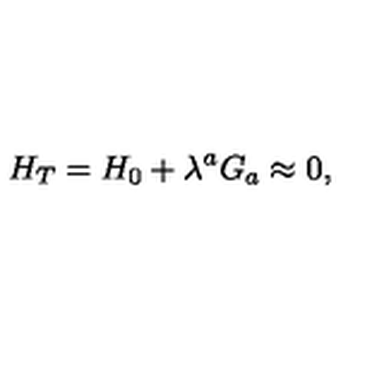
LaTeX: H _ { T } = H _ { 0 } + \lambda ^ { a } G _ { a } \approx 0 ,